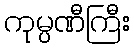
ကုမ္ပဏီကြီး